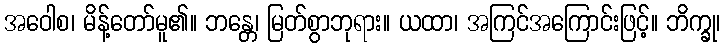
အဝေါစ၊ မိန့်တော်မူ၏။ ဘန္တေ၊ မြတ်စွာဘုရား။ ယထာ၊ အကြင်အကြောင်းဖြင့်။ ဘိက္ခု၊